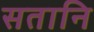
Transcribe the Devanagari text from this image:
सतानि